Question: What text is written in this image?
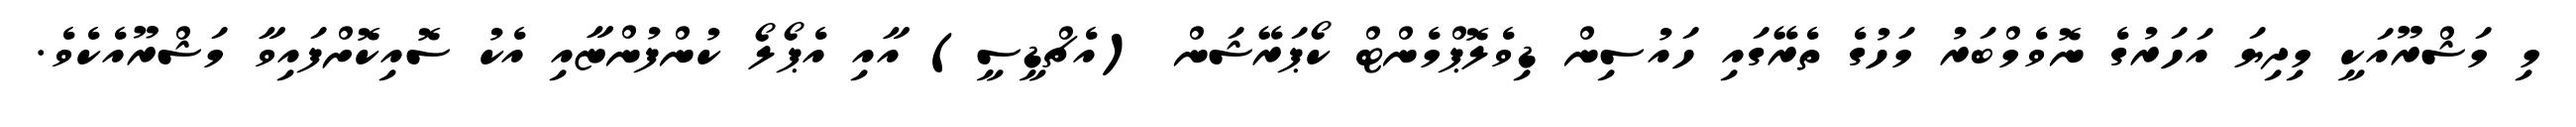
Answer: މި މަޝްރޫއަކީ މިދިޔަ އަހަރުގެ ނޮވެމްބަރު މަހުގެ ތެރޭގައި ހައުސިން ޑިވެލޮޕްމެންޓް ކޯޕަރޭޝަން (އެޗްޑީސީ) އާއި އެޕޯލޯ ކުންފުންޏާއި އެކު ސޮއިކޮށްފައިވާ މަޝްރޫއެކެވެ.